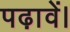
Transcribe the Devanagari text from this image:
पढ़ावें।